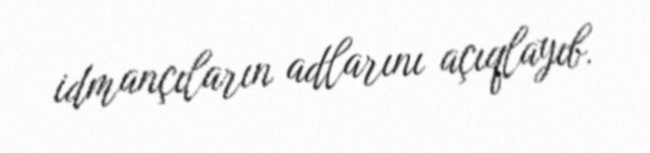
idmançıların adlarını açıqlayıb.